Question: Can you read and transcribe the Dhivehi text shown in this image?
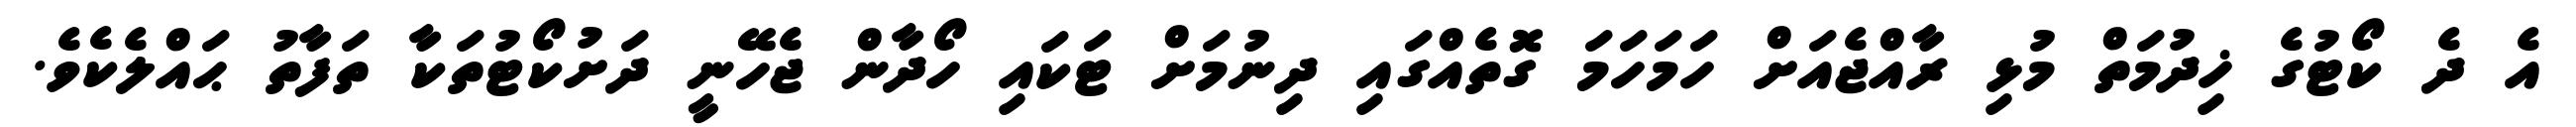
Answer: އެ ދެ ކޯޓުގެ ޚިދުމަތް މުޅި ރާއްޖެއަށް ހަމަހަމަ ގޮތެއްގައި ދިނުމަށް ޓަކައި ހޯދާން ޖެހޭނީ ދަށުކޯޓުތަކާ ތަފާތު ޙައްލެކެވެ.